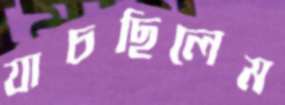
যাচছিলেম